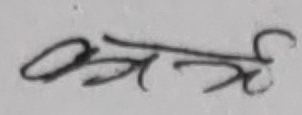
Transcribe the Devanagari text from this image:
क्षत्रै